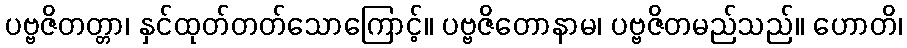
ပဗ္ဗဇိတတ္တာ၊ နှင်ထုတ်တတ်သောကြောင့်။ ပဗ္ဗဇိတောနာမ၊ ပဗ္ဗဇိတမည်သည်။ ဟောတိ၊